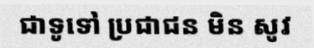
ជាទូទៅ ប្រជាជន មិន សូវ